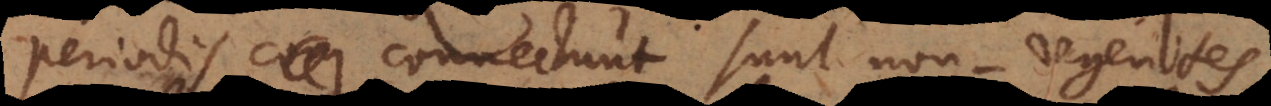
periodis connectunt sunt non‐regentes.